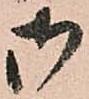
御